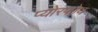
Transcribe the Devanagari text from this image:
प्योरफोय